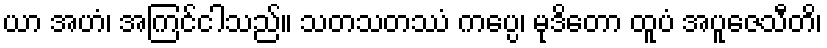
ယာ အဟံ၊ အကြင်ငါသည်။ သတသတဿံ ကပ္ပေ၊ မုဒိတော ထူပံ အပူဇေသီတိ၊